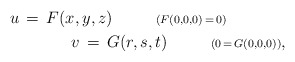
\begin{align*}u\,=\,F(x,y,z)\ \ \ \ \ \ \ \ {\scriptstyle{(F(0,0,0)\,=\,0)}}\ \ \ \ \ \ \ \ \ \ \ \\ \ \ \ \ \ \ \ \ \ \ \ v\,=\,G(r,s,t)\ \ \ \ \ \ \ \ {\scriptstyle{(0\,=\,G(0,0,0))}},\end{align*}